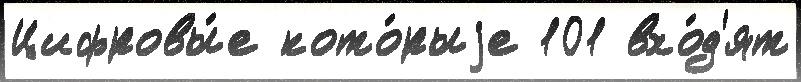
Цифровы́е кото́рыjе 101 вхо́д'ят